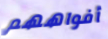
أفواههم